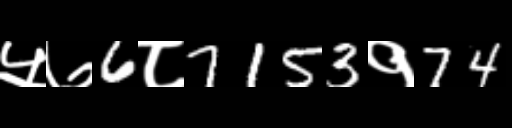
Text: ५७6८7153१74